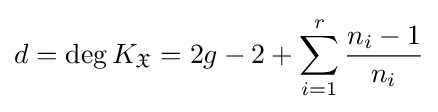
d=\deg K_{\mathfrak {X}}=2g-2+\sum _{i=1}^{r}{\frac {n_{i}-1}{n_{i}}}